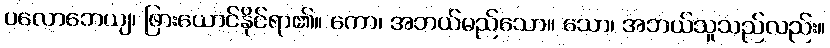
ပလောဘေယျ၊ ဖြားယောင်နိုင်ရာ၏။ ကော၊ အဘယ်မည်သော။ သော၊ အဘယ်သူသည်လည်း။